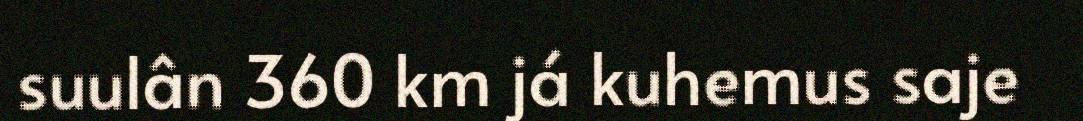
suulân 360 km já kuhemus saje